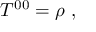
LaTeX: T ^ { 0 0 } = \rho ~ ,